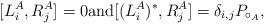
LaTeX: \begin{align*}[L_i^A,R_j^A]=0\mbox{and}[(L_i^A)^*,R_j^A]=\delta_{i,j} P_{\circ_A},\end{align*}